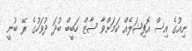
ނިއުގެ އިސް އޮފިޝަލެއް ކަމަށްވާ ޝާޒް ހަބީބް ބުދަ ދުވަހުގެ ރޭ ބުނީ